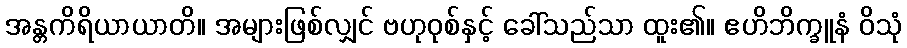
အန္တကိရိယာယာတိ။ အများဖြစ်လျှင် ဗဟုဝုစ်နှင့် ခေါ်သည်သာ ထူး၏။ ဧဟိဘိက္ခူနံ ဝိသုံ